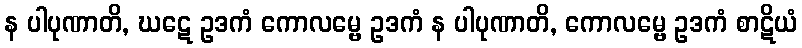
န ပါပုဏာတိ, ဃဋေ ဥဒကံ ကောလမ္ဗေ ဥဒကံ န ပါပုဏာတိ, ကောလမ္ဗေ ဥဒကံ စာဋိယံ